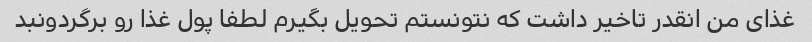
غذای من انقدر تاخیر داشت که نتونستم تحویل بگیرم لطفا پول غذا رو برگردونبد